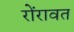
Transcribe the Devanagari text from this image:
रोंरावत